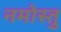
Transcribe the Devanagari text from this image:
नमोस्तु